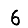
Digit: 6